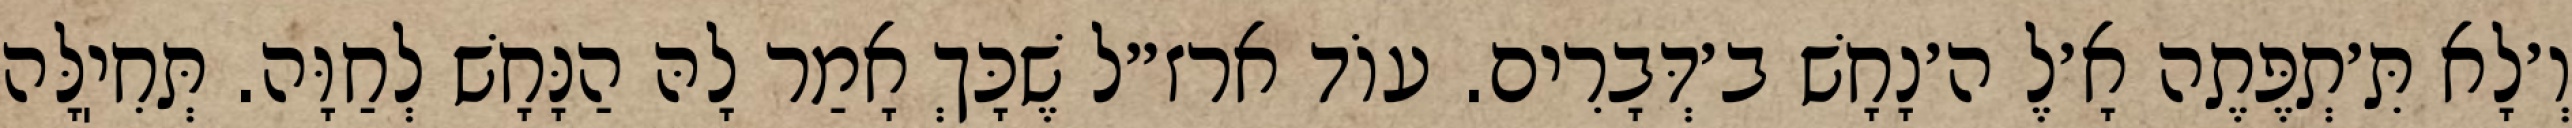
וְ׳לָא תִּ׳תְפֶּתֶה אָ׳לֶ ה׳נָחָשׁ ב׳דְּבָרִים. עוֹד ארז״ל שֶׁכָּךְ אָמַר לָהּ הַנָּחָשׁ לְחַוָּה. תְּחִיֽלָּה